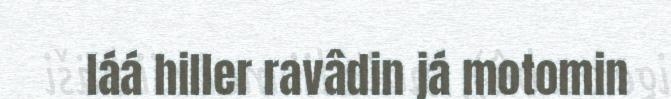
láá hiller ravâdin já motomin